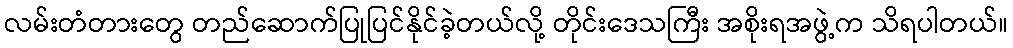
လမ်းတံတားတွေ တည်ဆောက်ပြုပြင်နိုင်ခဲ့တယ်လို့ တိုင်းဒေသကြီး အစိုးရအဖွဲ့က သိရပါတယ်။